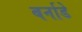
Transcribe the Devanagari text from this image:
बर्नाडे